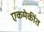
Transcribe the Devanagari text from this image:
एकमेकींत